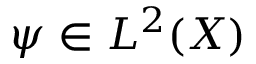
\psi \in L ^ { 2 } ( X )